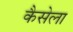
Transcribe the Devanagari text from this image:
कैसेला